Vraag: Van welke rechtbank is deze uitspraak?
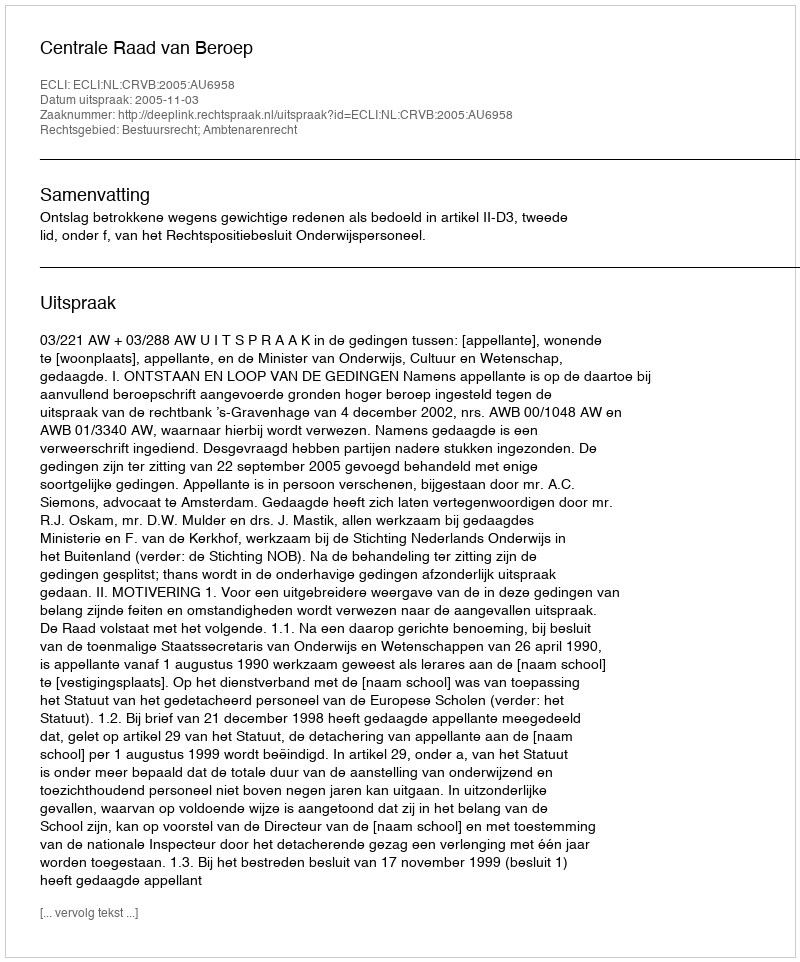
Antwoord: Centrale Raad van Beroep